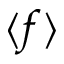
\langle f \rangle